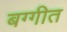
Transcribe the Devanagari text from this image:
बग्गीत